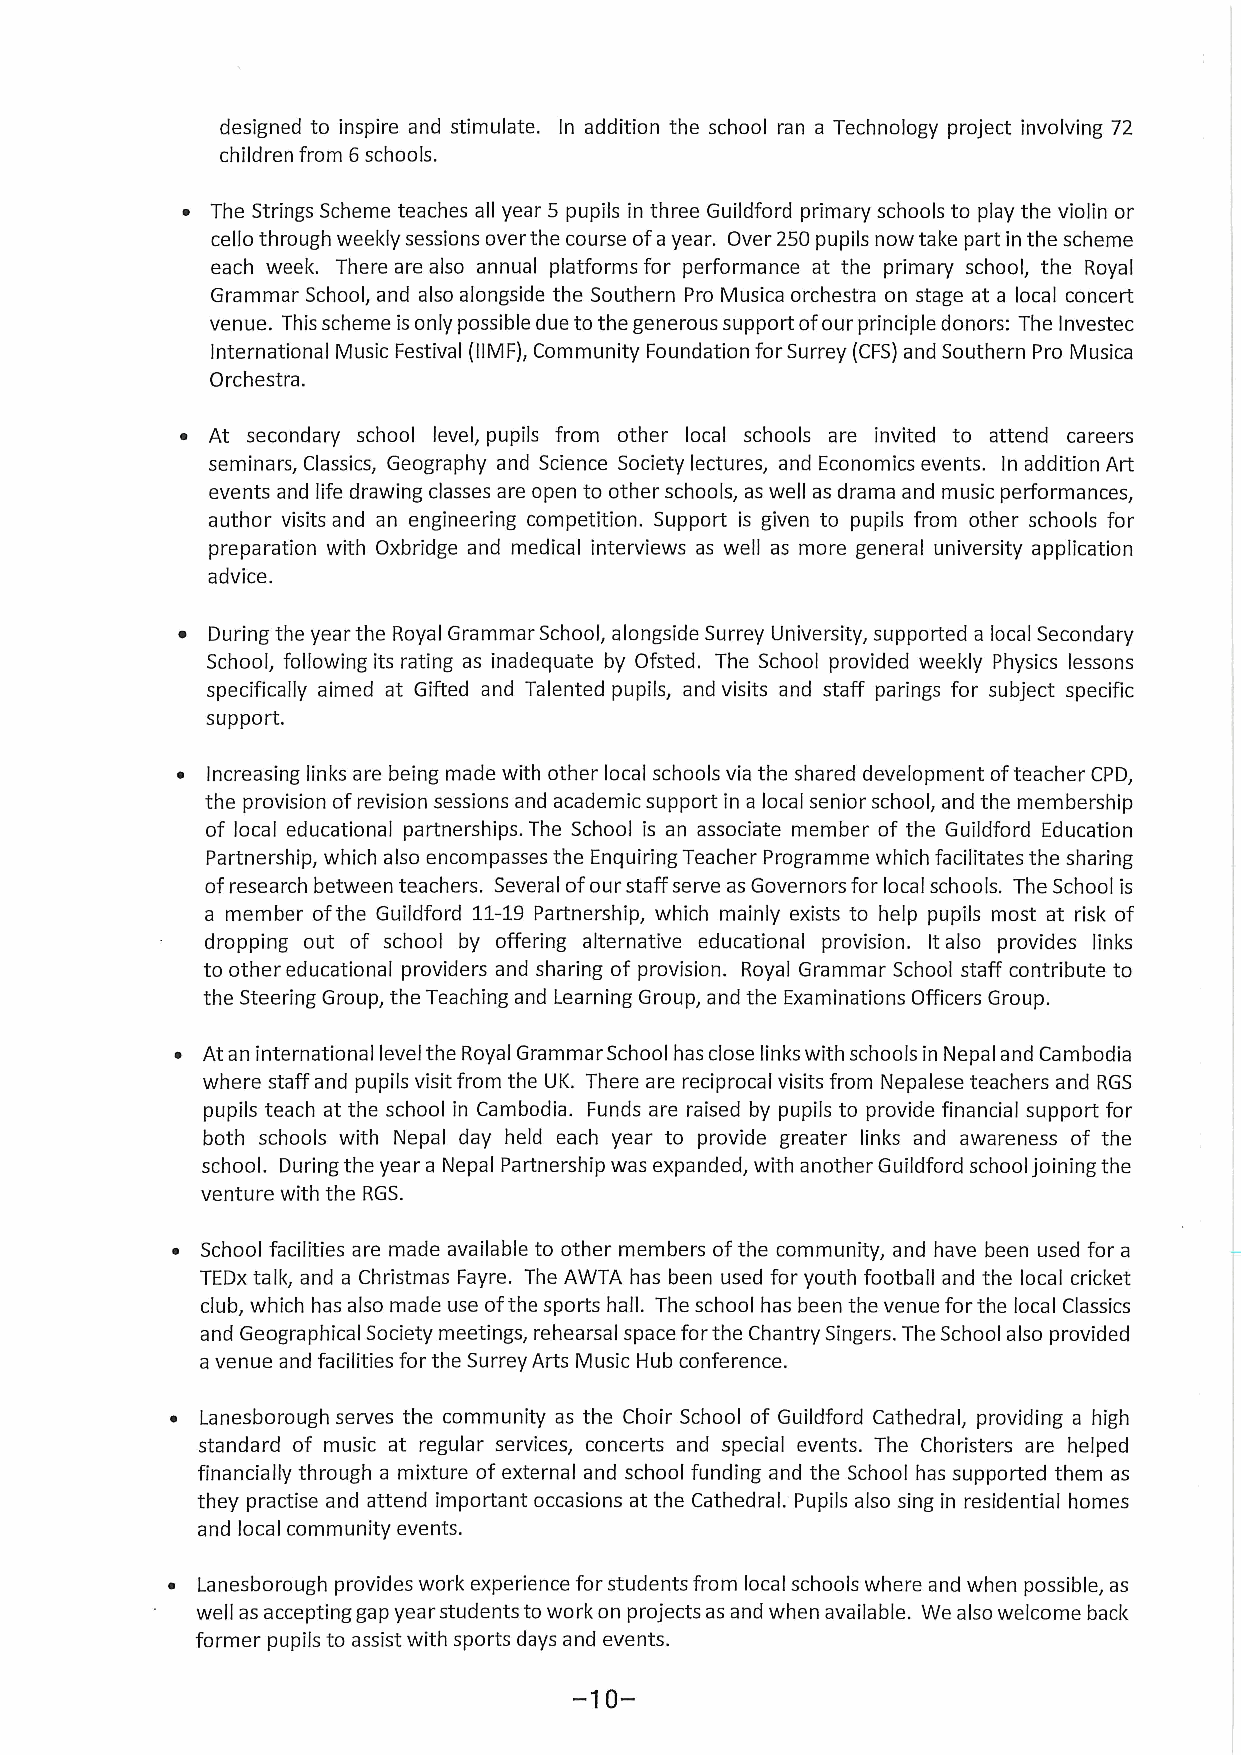
designed to inspire and stimulate. In addition the school ran a Technology project involving 72
 children from 6schools.
 ~ The Strings Scheme teaches all year 5 pupils in three Guildford primary schools to play the violin or
 cello through weekly sessions over the course ofayear. Over 250pupils now take part in the scheme
 each week. There are also annual platforms for performance at the primary school, the Royal
 Grammar School, and also alongside the Southern Pro Musica orchestra on stage at a local concert
 venue. This scheme isonly possible due to the generous support ofour principle donors: The lnvestec
 International Music Festival (IIMF},Community Foundation for Surrey (CFS)and Southern Pro Musica
 Orchestra.
 ~ At secondary school level, pupils from other local schools are invited to attend careers
 seminars, Classics, Geography and Science Society lectures, and Economics events. In addition Art
 events and life drawing classes are open to other schools, as well as drama and music performances,
 author visits and an engineering competition. Support is given to pupils from other schools for
 preparation with Oxbridge and medical interviews as well as more general university application
 advice.
 ~ During the year the Royal Grammar School, alongside Surrey University, supported a local Secondary
 School, following its rating as inadequate by Ofsted. The School provided weekly Physics lessons
 specifically aimed at Gifted and Talented pupils, and visits and staff parings for subject specific
 support.
 ~ Increasing links are being made with other local schools via the shared development ofteacher CPD,
 the provision ofrevision sessions and academic support In a local senior school, and the membership
 of local educational partnerships. The School is an associate member of the Guildford Education
 Partnership, which also encompasses the Enquiring Teacher Programme which facilitates the sharing
 ofresearch between teachers. Several ofour staff serve as Governors for local schools. The School is
 a member ofthe Guildford 11-19Partnership, which mainly exists to help pupils most at risk of
 dropping out of school by offering alternative educational provision. Italso provides links
 to other educational providers and sharing of provision. Royal Grammar School staff contribute to
 the Steering Group, the Teaching and Learning Group, and the Examinations Officers Group.
 ~ At an international level the Royal Grammar School has close links with schools in Nepal and Cambodia
 where staff and pupils visit from the UK. There are reciprocal visits from Nepalese teachers and RGS
 pupils teach at the school in Cambodia. Funds are raised by pupils to provide financial support for
 both schools with Nepal day held each year to provide greater links and awareness of the
 school. During the year a Nepal Partnership was expanded, with another Guildford school joining the
 venture with the RGS.
 ~ School facilities are made available to other members ofthe community, and have been used for a
 TEDx talk, and a Christmas Fayre. The AWTA has been used for youth football and the local cricket
 club, which has also made use ofthe sports hall. The school has been the venue for the local Classics
 and Geographical Society meetings, rehearsal space for the Chantry Singers. The School also provided
 a venue and facilities for the Surrey Arts Music Hub conference.
 ~ Lanesborough serves the community as the Choir School of Guildford Cathedral, providing a high
 standard of music at regular services, concerts and special events. The Choristers are helped
 financially through a mixture of external and school funding and the School has supported them as
 they practise and attend important occasions at the Cathedral. Pupils also sing in residential homes
 and local community events.
 ~ Lanesborough provides work experience for students from local schools where and when possible, as
 well as accepting gap year students to work on projects as and when available. We also welcome back
 former pupils to assist with sports days and events.